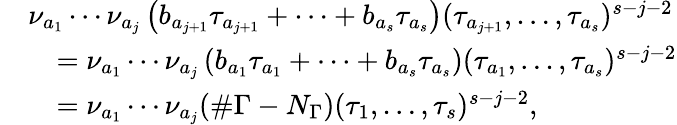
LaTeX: \begin{array}{rl}&{\nu_{a_{1}}\cdots\nu_{a_{j}}\left(b_{a_{j+1}}\tau_{a_{j+1}}+\cdots+b_{a_{s}}\tau_{a_{s}}\right)(\tau_{a_{j+1}},\dots,\tau_{a_{s}})^{s-j-2}}\\ &{\quad=\nu_{a_{1}}\cdots\nu_{a_{j}}\left(b_{a_{1}}\tau_{a_{1}}+\cdots+b_{a_{s}}\tau_{a_{s}}\right)(\tau_{a_{1}},\dots,\tau_{a_{s}})^{s-j-2}}\\ &{\quad=\nu_{a_{1}}\cdots\nu_{a_{j}}(\# \Gamma-N_{\Gamma})(\tau_{1},\dots,\tau_{s})^{s-j-2},}\end{array}